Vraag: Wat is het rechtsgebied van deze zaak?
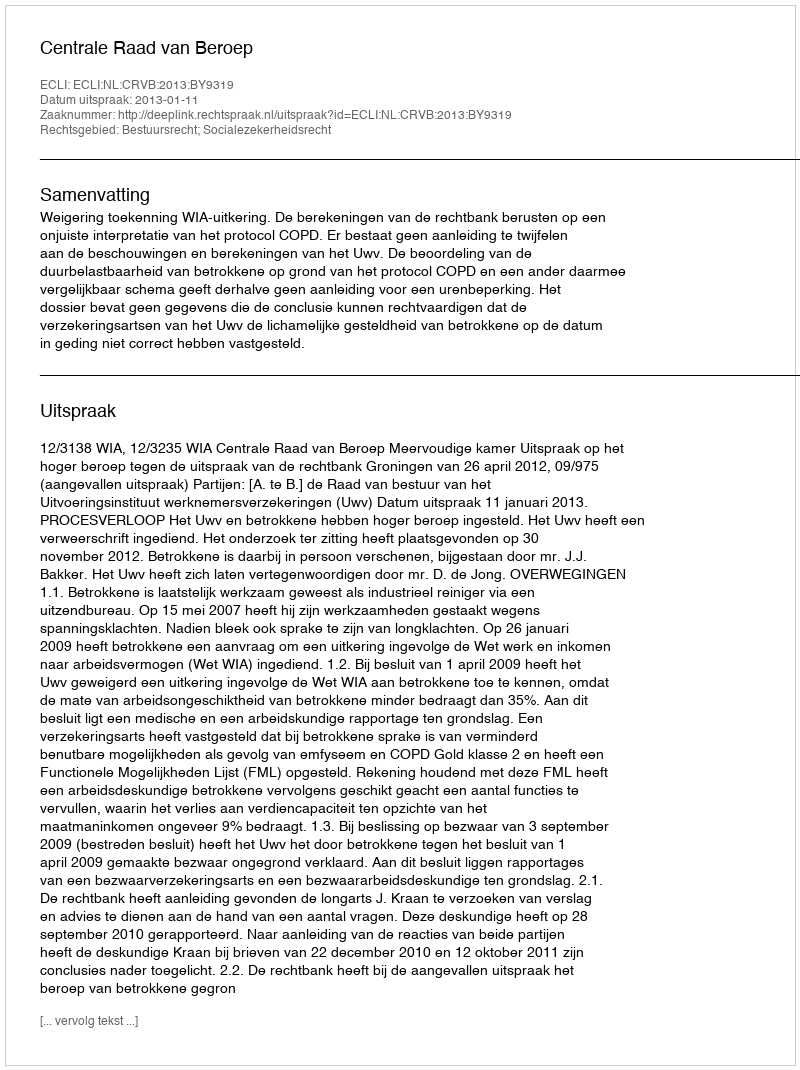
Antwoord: Bestuursrecht; Socialezekerheidsrecht